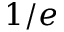
1 / e